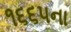
૧૬૬૫ના